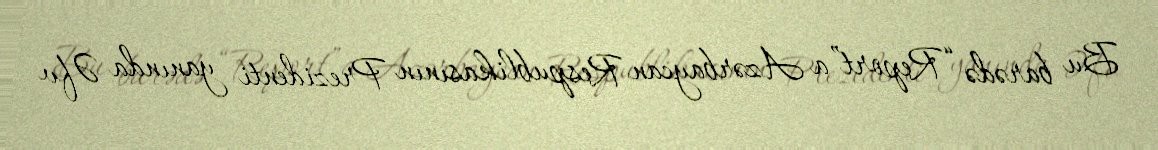
Bu barədə “Report”a Azərbaycan Respublikasının Prezidenti yanında Əfv